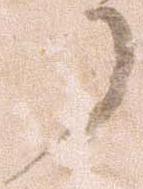
了